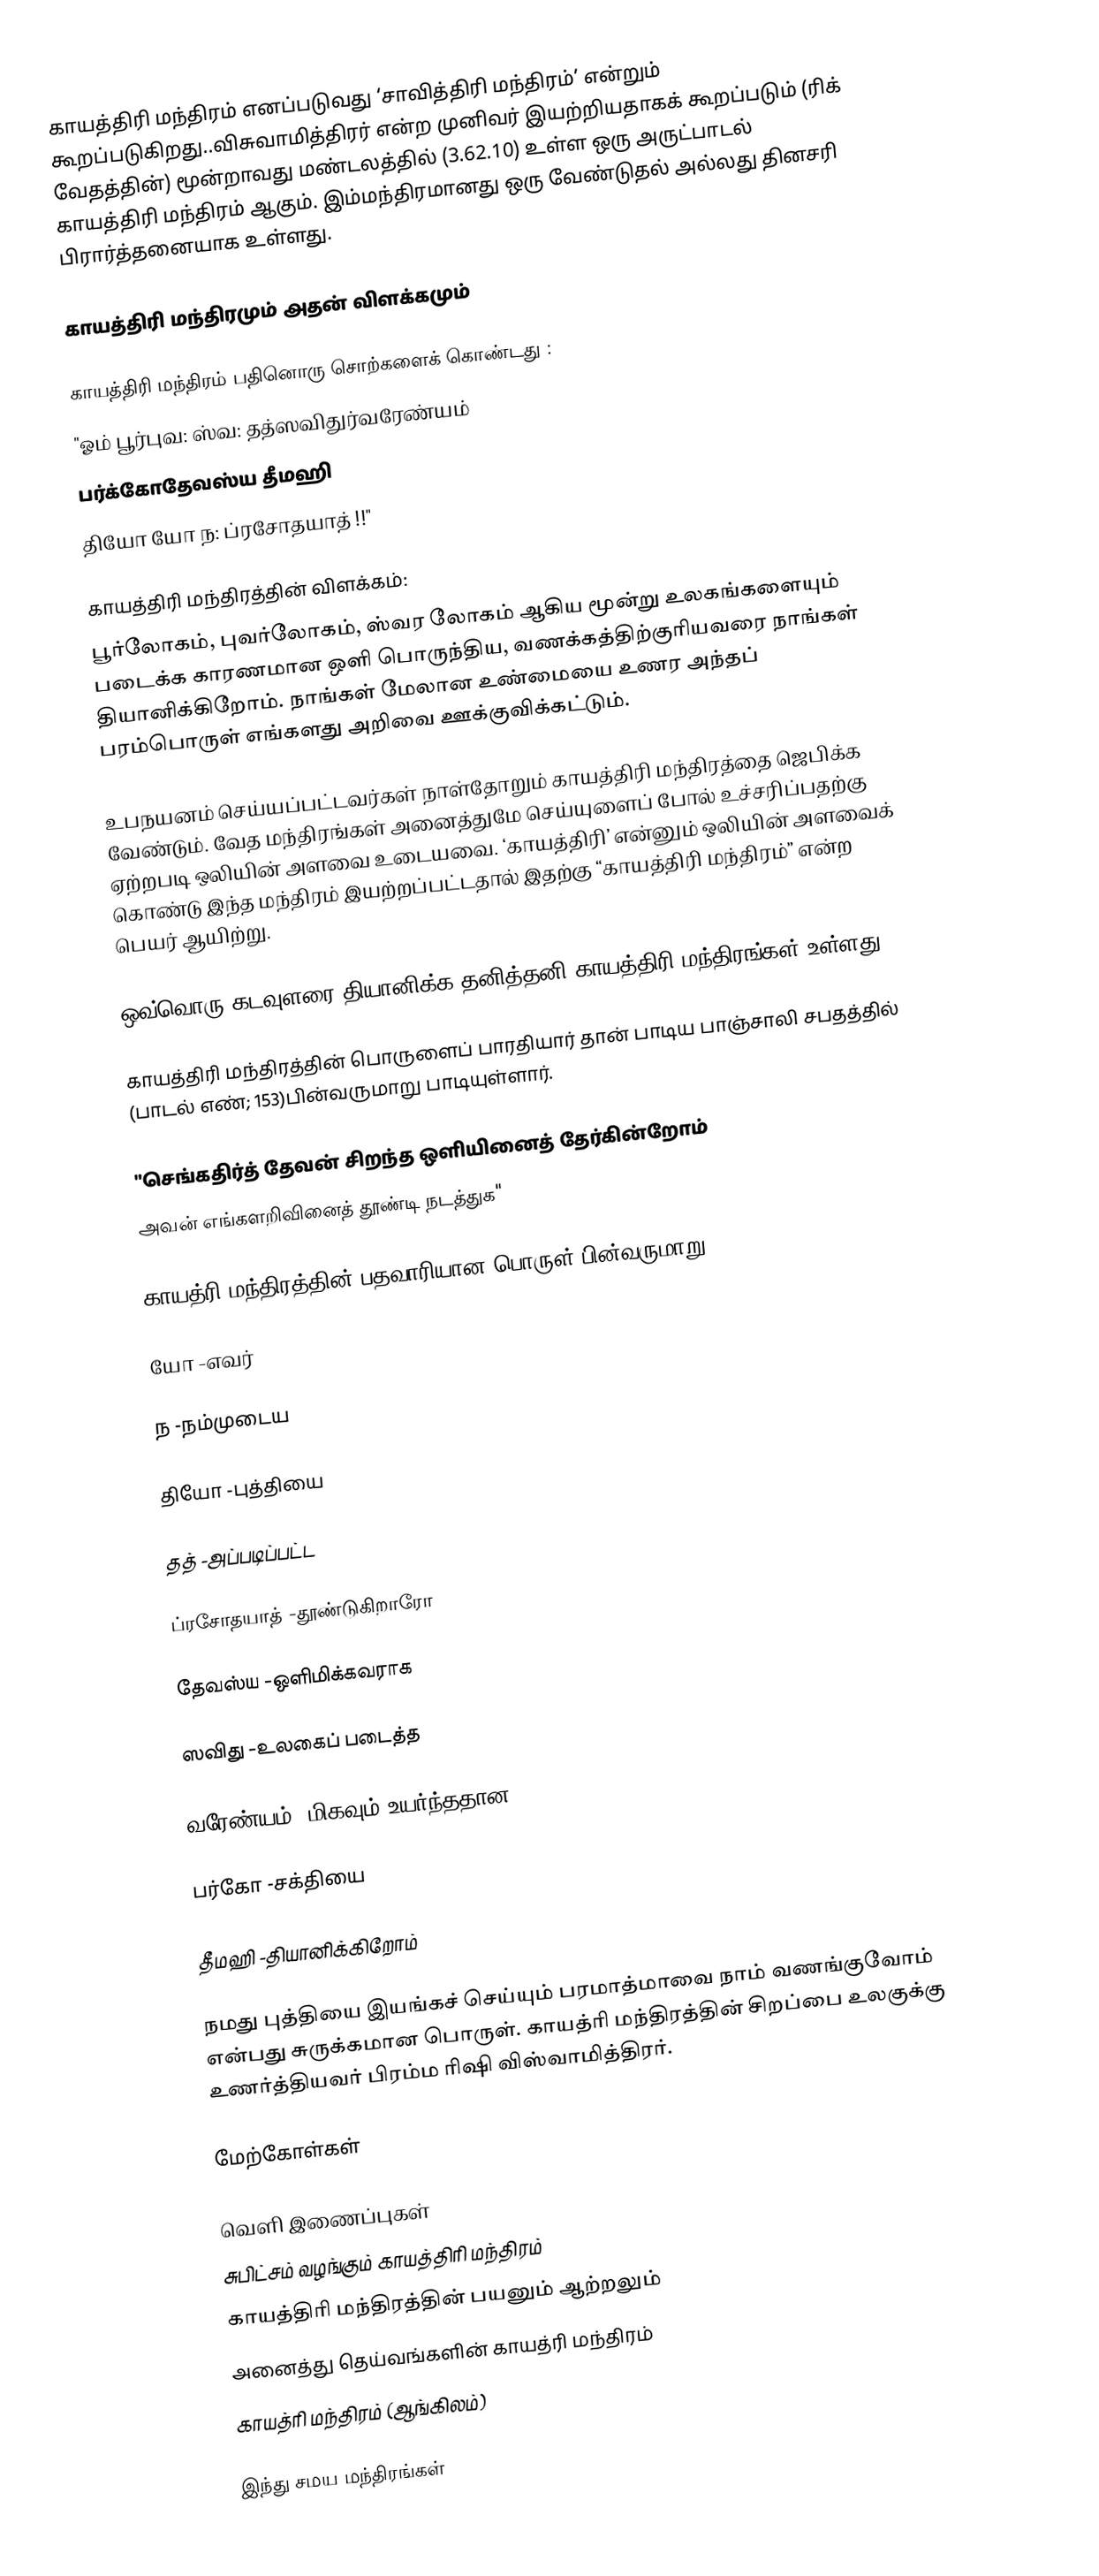
காயத்திரி மந்திரம் எனப்படுவது ‘சாவித்திரி மந்திரம்’ என்றும் கூறப்படுகிறது..விசுவாமித்திரர் என்ற முனிவர் இயற்றியதாகக் கூறப்படும் (ரிக் வேதத்தின்) மூன்றாவது மண்டலத்தில் (3.62.10)  உள்ள ஒரு அருட்பாடல் காயத்திரி மந்திரம் ஆகும். இம்மந்திரமானது ஒரு வேண்டுதல் அல்லது தினசரி பிரார்த்தனையாக உள்ளது.

காயத்திரி மந்திரமும் அதன் விளக்கமும்

காயத்திரி மந்திரம் பதினொரு சொற்களைக் கொண்டது :
"ஓம் பூர்புவ: ஸ்வ: தத்ஸவிதுர்வரேண்யம்
பர்க்கோதேவஸ்ய தீமஹி
தியோ யோ ந: ப்ரசோதயாத் !!"

காயத்திரி மந்திரத்தின் விளக்கம்:
பூர்லோகம், புவர்லோகம், ஸ்வர லோகம் ஆகிய மூன்று உலகங்களையும் படைக்க காரணமான ஒளி பொருந்திய, வணக்கத்திற்குரியவரை நாங்கள் தியானிக்கிறோம். நாங்கள் மேலான உண்மையை உணர அந்தப் பரம்பொருள் எங்களது அறிவை ஊக்குவிக்கட்டும்.

உபநயனம் செய்யப்பட்டவர்கள் நாள்தோறும் காயத்திரி மந்திரத்தை ஜெபிக்க வேண்டும். வேத மந்திரங்கள் அனைத்துமே செய்யுளைப் போல் உச்சரிப்பதற்கு ஏற்றபடி ஒலியின் அளவை உடையவை. ‘காயத்திரி’ என்னும் ஒலியின் அளவைக் கொண்டு இந்த மந்திரம் இயற்றப்பட்டதால் இதற்கு “காயத்திரி மந்திரம்” என்ற பெயர் ஆயிற்று.

ஒவ்வொரு கடவுளரை தியானிக்க தனித்தனி காயத்திரி மந்திரங்கள் உள்ளது.

காயத்திரி மந்திரத்தின் பொருளைப் பாரதியார் தான் பாடிய பாஞ்சாலி சபதத்தில்       (பாடல் எண்; 153)பின்வருமாறு பாடியுள்ளார்.

"செங்கதிர்த் தேவன் சிறந்த ஒளியினைத் தேர்கின்றோம்
அவன் எங்களறிவினைத் தூண்டி நடத்துக"

காயத்ரி மந்திரத்தின் பதவாரியான பொருள் பின்வருமாறு:

யோ -எவர்

ந -நம்முடைய

தியோ -புத்தியை

தத் -அப்படிப்பட்ட

ப்ரசோதயாத் -தூண்டுகிறாரோ

தேவஸ்ய -ஒளிமிக்கவராக

ஸவிது -உலகைப் படைத்த

வரேண்யம் -மிகவும் உயர்ந்ததான

பர்கோ -சக்தியை

தீமஹி -தியானிக்கிறோம்

நமது புத்தியை இயங்கச் செய்யும் பரமாத்மாவை நாம் வணங்குவோம் என்பது சுருக்கமான பொருள். காயத்ரி மந்திரத்தின் சிறப்பை உலகுக்கு உணர்த்தியவர் பிரம்ம ரிஷி விஸ்வாமித்திரர்.

மேற்கோள்கள்

வெளி இணைப்புகள்
 சுபிட்சம் வழங்கும் காயத்திரி மந்திரம்
 காயத்திரி மந்திரத்தின் பயனும் ஆற்றலும்
அனைத்து தெய்வங்களின் காயத்ரி மந்திரம்
காயத்ரி மந்திரம் (ஆங்கிலம்)

இந்து சமய மந்திரங்கள்